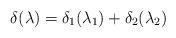
LaTeX: \begin{align*}\delta(\lambda)=\delta_{1}(\lambda_{1})+\delta_{2}(\lambda_{2})\end{align*}